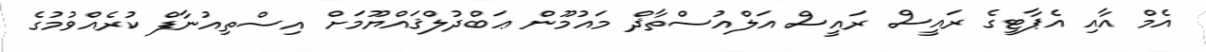
އެމް އާއި އެޕާޓީގެ ރައީސް ރައީސް އަލްއުސްތާޛް މައުމޫން ޢަބްދުލްޤައްޔޫމަށް އިސްތިއުނާފް ކުރެއްވުމުގެ